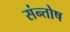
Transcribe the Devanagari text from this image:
संन्‍तोष